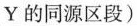
Y的同源区段)